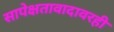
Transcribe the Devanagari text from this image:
सापेक्षतावादावरही